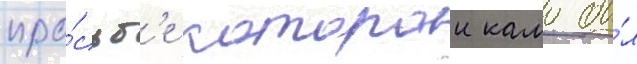
про́сьб'е которои камо бы́л